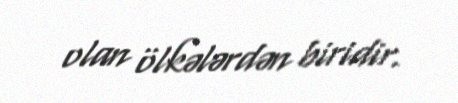
olan ölkələrdən biridir.